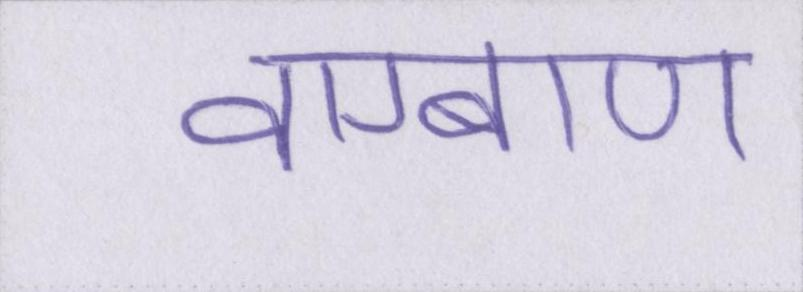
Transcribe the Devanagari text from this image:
वाग्बाण